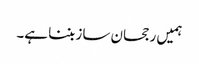
ہمیں رجحان ساز بننا ہے۔